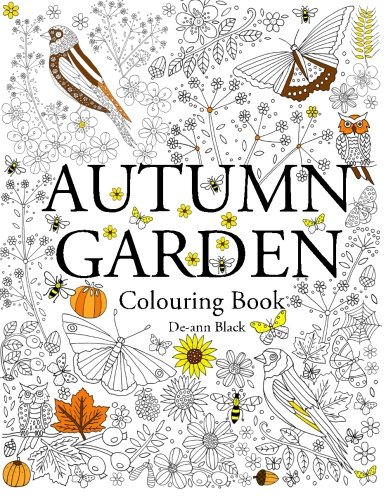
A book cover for Autumn Garden: Colouring Book; De-ann Black; Crafts, Hobbies & Home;